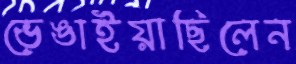
ভেঙাইয়াছিলেন